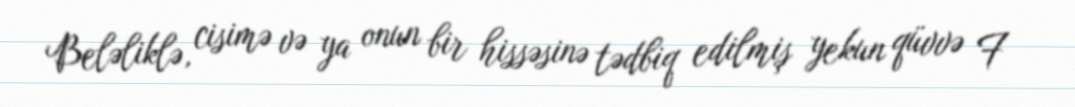
Beləliklə, cisimə və ya onun bir hissəsinə tədbiq edilmiş yekun qüvvə F